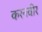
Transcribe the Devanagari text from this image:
करनवीर